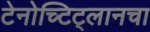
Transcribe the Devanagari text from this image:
टेनोच्टिट्लानचा